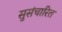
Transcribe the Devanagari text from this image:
सुसंचारित